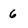
Character: 6